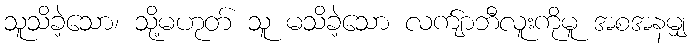
သူသိခဲ့သော၊ သို့မဟုတ် သူ မသိခဲ့သော လက်ျာဘီလူးကိုမူ အစအနမျှ